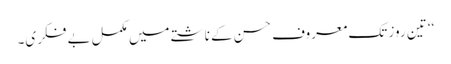
‘‘ تین روز تک معروف حسن کے ناشتے میں مکمل بے فکری۔